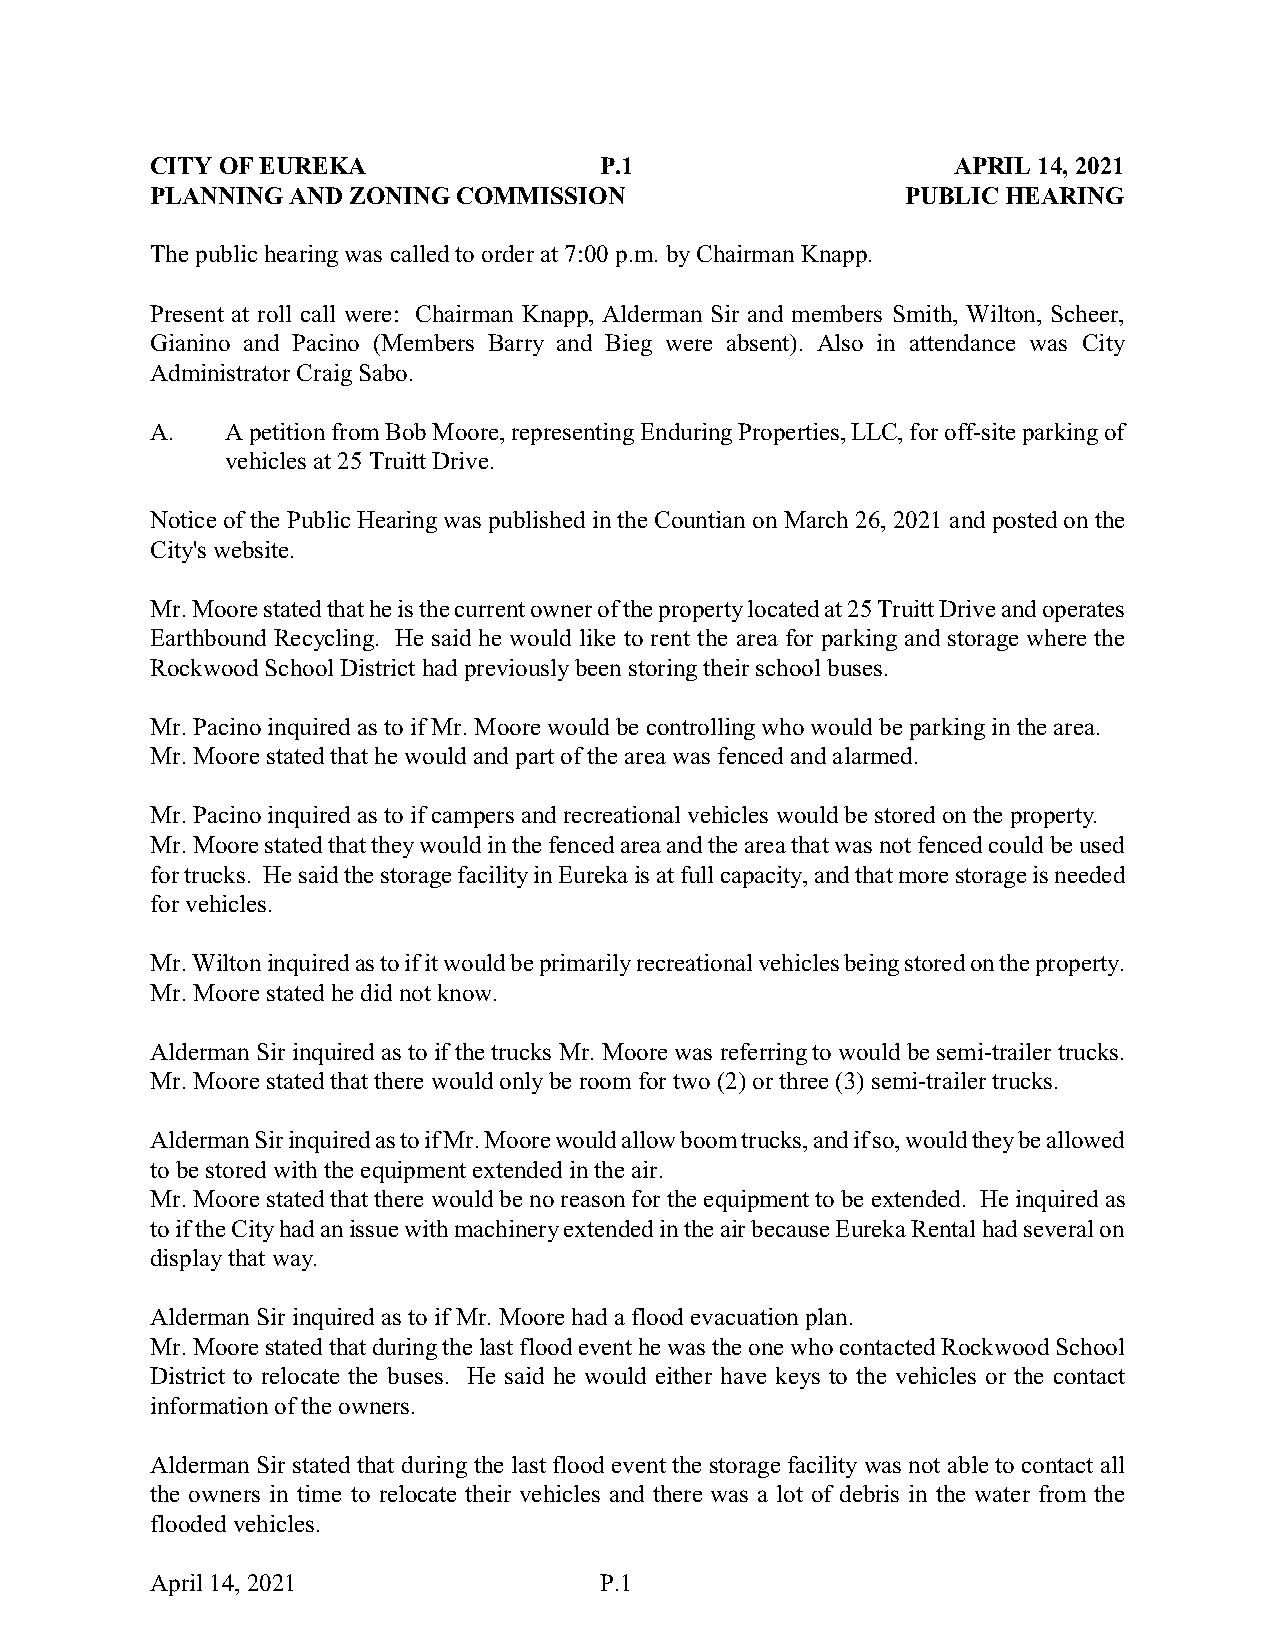
CITY OF EUREKA                P.1                    APRIL 14, 2021
 PLANNING AND ZONING COMMISSION                    PUBLIC HEARING
 The public hearing was called to order at 7:00 p.m. by Chairman Knapp.
 Present at roll call were: Chairman Knapp, Alderman Sir and members Smith, Wilton, Scheer,
 Gianino and Pacino (Members Barry and Bieg were absent). Also in attendance was City
 Administrator Craig Sabo.
 A.   A petition from Bob Moore, representing Enduring Properties, LLC, for off-site parking of
 vehicles at 25 Truitt Drive.
 Notice of the Public Hearing was published in the Countian on March 26, 2021 and posted on the
 City's website.
 Mr. Moore stated that he is the current owner of the property located at 25 Truitt Drive and operates
 Earthbound Recycling. He said he would like to rent the area for parking and storage where the
 Rockwood School District had previously been storing their school buses.
 Mr. Pacino inquired as to if Mr. Moore would be controlling who would be parking in the area.
 Mr. Moore stated that he would and part of the area was fenced and alarmed.
 Mr. Pacino inquired as to if campers and recreational vehicles would be stored on the property.
 Mr. Moore stated that they would in the fenced area and the area that was not fenced could be used
 for trucks. He said the storage facility in Eureka is at full capacity, and that more storage is needed
 for vehicles.
 Mr. Wilton inquired as to if it would be primarily recreational vehicles being stored on the property.
 Mr. Moore stated he did not know.
 Alderman Sir inquired as to if the trucks Mr. Moore was referring to would be semi-trailer trucks.
 Mr. Moore stated that there would only be room for two (2) or three (3) semi-trailer trucks.
 Alderman Sir inquired as to if Mr. Moore would allow boom trucks, and if so, would they be allowed
 to be stored with the equipment extended in the air.
 Mr. Moore stated that there would be no reason for the equipment to be extended. He inquired as
 to if the City had an issue with machinery extended in the air because Eureka Rental had several on
 display that way.
 Alderman Sir inquired as to if Mr. Moore had a flood evacuation plan.
 Mr. Moore stated that during the last flood event he was the one who contacted Rockwood School
 District to relocate the buses. He said he would either have keys to the vehicles or the contact
 information of the owners.
 Alderman Sir stated that during the last flood event the storage facility was not able to contact all
 the owners in time to relocate their vehicles and there was a lot of debris in the water from the
 flooded vehicles.
 April 14, 2021                P.1